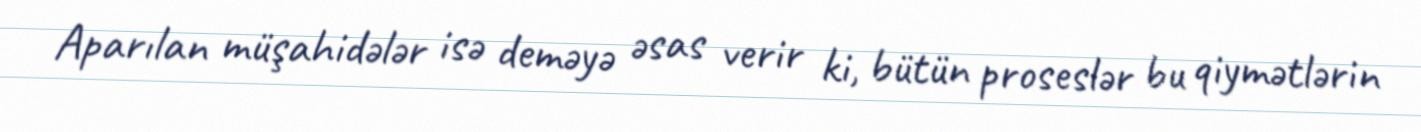
Aparılan müşahidələr isə deməyə əsas verir ki, bütün proseslər bu qiymətlərin